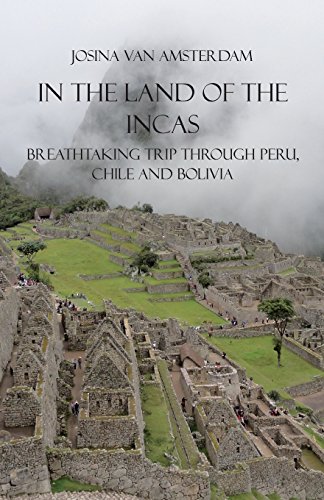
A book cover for In the land of the Incas: Breathtaking Trip Through Peru, Chile and Bolivia; Josina van Amsterdam; Travel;